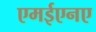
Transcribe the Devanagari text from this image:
एमईएनए